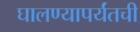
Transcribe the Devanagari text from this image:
घालण्यापर्यंतची